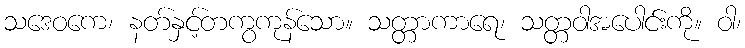
သဒေဝကေ၊ နတ်နှင့်တကွကုန်သော။ သတ္တာကာရေ၊ သတ္တဝါအပေါင်းကို။ ဝါ၊